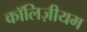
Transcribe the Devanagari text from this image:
कॉलिज़ीयम